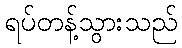
ရပ်တန့်သွားသည်